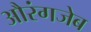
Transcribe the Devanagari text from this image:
अौरंगजेब